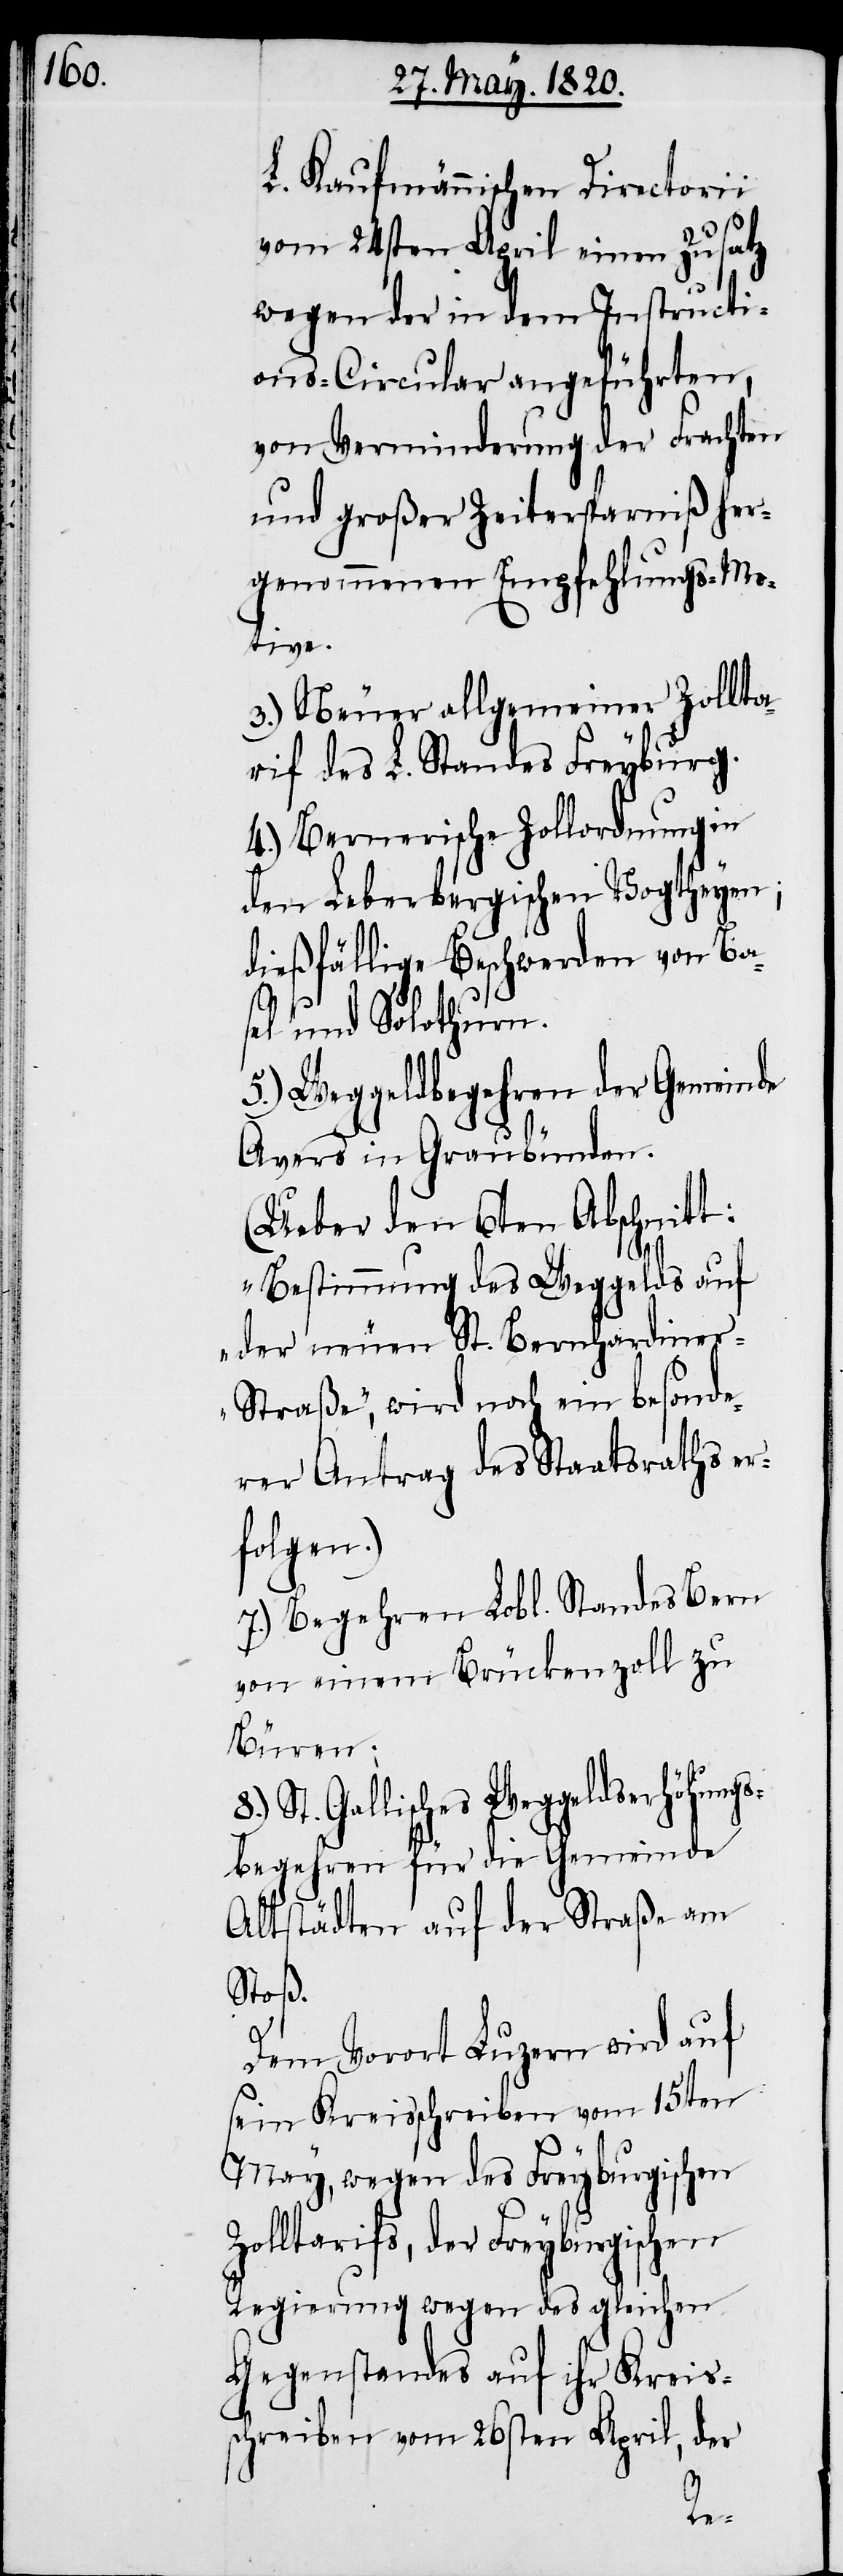
L. Kaufmännischen Directorii
vom 24sten April einen Zusatz
wegen der in dem Instructi¬
ons-Circular angeführten,
von Verminderung der Frachten
und großer Zeitersparniß her¬
genommenen Empfehlungs-Mo¬
tive.
3.) Neuer allgemeiner Zollta¬
rif des L. Standes Freyburg.
4.) Bernerische Zollordnung in
den Leberbergischen Vogtheyen;
dießfällige Beschwerden von Ba¬
sel und Solothurn.
5.) Weggeldbegehren der Gemeinde
Avers in Graubünden.
(Ueber den 6ten Abschnitt:
„Bestimmung des Weggeldes auf
der neuen St. Bernhardiner
Straße“, wird noch ein besonde¬
rer Antrag des Staatsraths er¬
folgen.)
7.) Begehren Lobl. Standes Bern
von einem Brückenzoll zu
Büren;
St. Gallisches Weggeldserhöhungs¬
begehren für die Gemeinde
Altstädten auf der Straße am
Stoß.
8.)
Dem Vorort Luzern wird auf
sein Kreisschreiben vom 15ten
May, wegen des Freyburgischen
Zolltarifs, der Freyburgischen
Regierung wegen des gleichen
Gegenstandes auf ihr Kreis¬
schreiben vom 26sten April, der